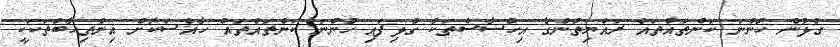
ގުޅުން ހުންނަ ކަންތައްތައް ރައްޔިތުންގެ އިހްސާސްތަކާ ގުޅިފައި ހުންނަ ކަންތައްތައް ހާއްސަކޮށް އިންތިހާބުތަކަކީ